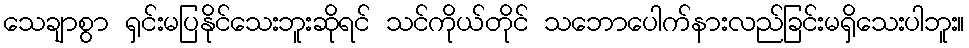
သေချာစွာ ရှင်းမပြနိုင်သေးဘူးဆိုရင် သင်ကိုယ်တိုင် သဘောပေါက်နားလည်ခြင်းမရှိသေးပါဘူး။